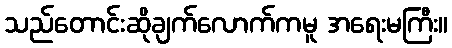
သည်တောင်းဆိုချက်လောက်ကမူ အရေးမကြီး။